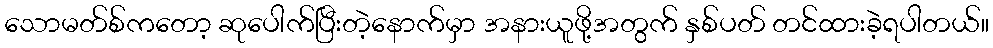
သောမတ်စ်ကတော့ ဆုပေါက်ပြီးတဲ့နောက်မှာ အနားယူဖို့အတွက် နှစ်ပတ် တင်ထားခဲ့ရပါတယ်။